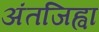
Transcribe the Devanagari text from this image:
अंतजिह्वा